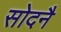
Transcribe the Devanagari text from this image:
सोदनै